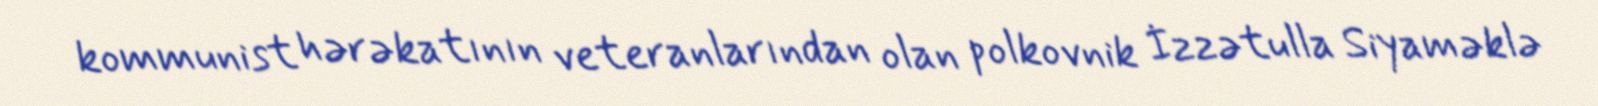
kommunist hərəkatının veteranlarından olan polkovnik İzzətulla Siyaməklə